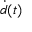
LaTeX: { \dot { d } } ( t )